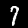
Label: 7